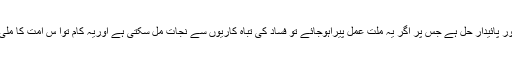
یہ وہ مستقل اور پائیدار حل ہے جس پر اگر یہ ملت عمل پیراہوجائے تو فساد کی تباہ کاریوں سے نجات مل سکتی ہے اوریہ کام توا س امت کا ملی فریضہ ہے ۔